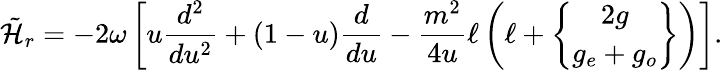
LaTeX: \tilde{\cal H}_{r}=-2\omega\left[u{\frac{d^{2}}{du^{2}}}+(1-u){\frac{d}{du}}-{\frac{m^{2}}{4u}}\ell\left(\ell+{2g\brace g_{e}+g_{o}}\right)\right].